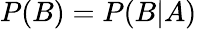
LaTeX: P(B)=P(B|A)